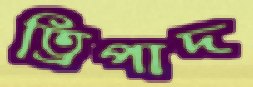
ত্রিপাদ